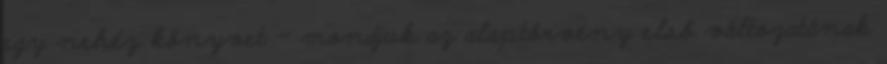
egy nehéz könyvet – mondjuk az alaptörvény első változatának